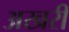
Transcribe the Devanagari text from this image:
अखरी